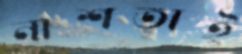
নাশতাই